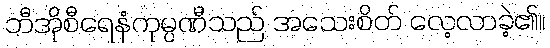
ဘီအိုစီရေနံကုမ္ပဏီသည် အသေးစိတ် လေ့လာခဲ့၏။